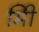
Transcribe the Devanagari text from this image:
मिी